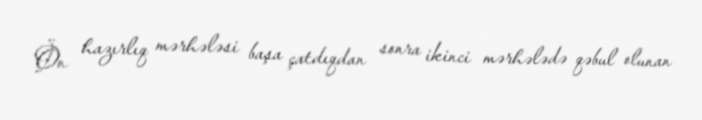
Ön hazırlıq mərhələsi başa çatdıqdan sonra ikinci mərhələdə qəbul olunan